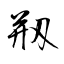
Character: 剏